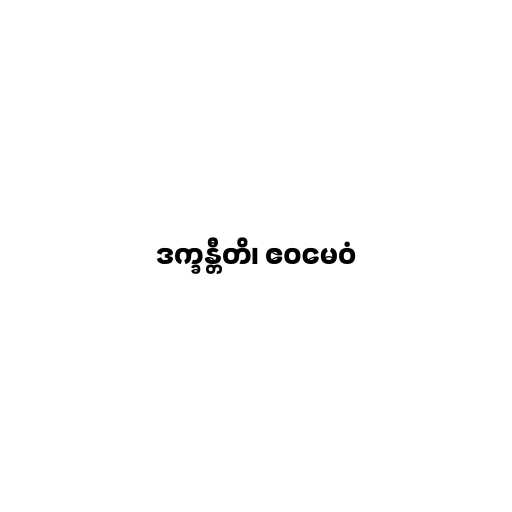
ဒက္ခန္တီတိ၊ ဧဝမေဝံ